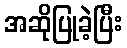
အဆိုပြုခဲ့ပြီး